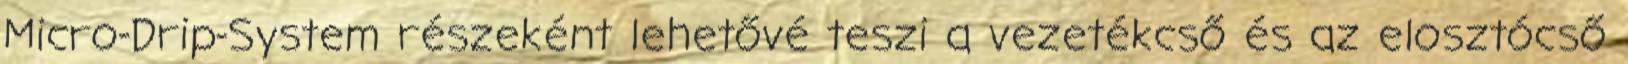
Micro-Drip-System részeként lehetővé teszi a vezetékcső és az elosztócső